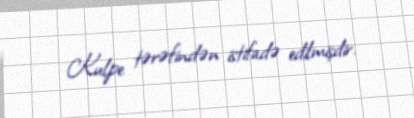
Kulpe tərəfindən istifadə edilmişdir.